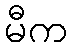
မီက